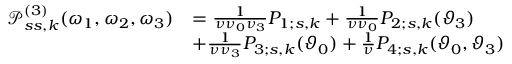
\begin{array} { r l } { \mathcal { P } _ { s s , k } ^ { ( 3 ) } ( \omega _ { 1 } , \omega _ { 2 } , \omega _ { 3 } ) } & { = \frac { 1 } { \nu \nu _ { 0 } \nu _ { 3 } } P _ { 1 ; s , k } + \frac { 1 } { \nu \nu _ { 0 } } P _ { 2 ; s , k } ( \vartheta _ { 3 } ) } \\ & { + \frac { 1 } { \nu \nu _ { 3 } } P _ { 3 ; s , k } ( \vartheta _ { 0 } ) + \frac { 1 } { \nu } P _ { 4 ; s , k } ( \vartheta _ { 0 } , \vartheta _ { 3 } ) } \end{array}